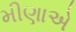
મીણાએ